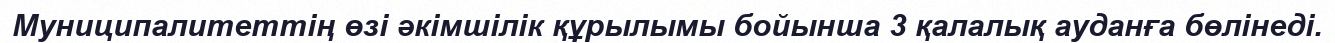
Муниципалитеттің өзі әкімшілік құрылымы бойынша 3 қалалық ауданға бөлінеді.